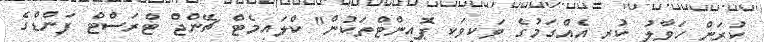
ކުރަން ހަވާލު ކުރި އެއްގަމުގެ ވަކިވަކި ޕޮައިންޓްތަކުން" ކްލައިމެޓް ޗޭންޖް ޓްރަސްޓް ފަންޑްގެ